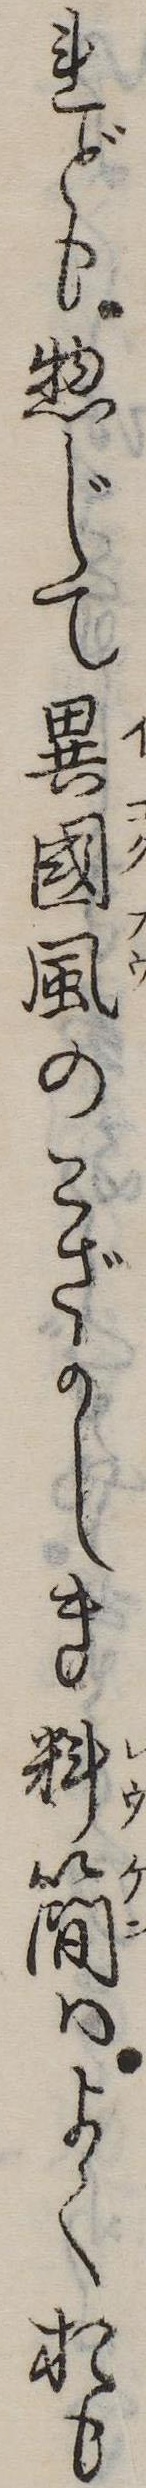
れども惣じて異国風のこざかしき料簡はよくおも